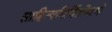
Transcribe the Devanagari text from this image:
साहित्यनिर्मितीमागे